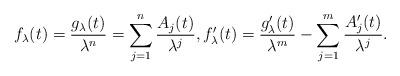
LaTeX: \begin{align*}f_{\lambda}(t) = \frac{g_{\lambda}(t)}{\lambda^{n}} = \sum_{j=1}^{n} \frac{A_{j}(t)}{\lambda^{j}}, f_{\lambda}'(t) = \frac{g_{\lambda}'(t)}{\lambda^{m}} - \sum_{j=1}^{m} \frac{A_{j}'(t)}{\lambda^{j}}. \end{align*}